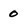
Character: 0